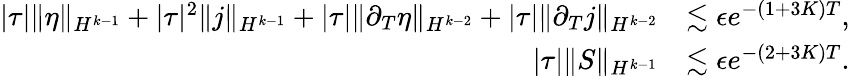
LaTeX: \begin{array}{rl}{|\tau|\| \eta\| _{H^{k-1}}+|\tau|^{2}\| j\| _{H^{k-1}}+|\tau|\| \partial_{T}\eta\| _{H^{k-2}}+|\tau|\| \partial_{T}j\| _{H^{k-2}}}&{\lesssim\epsilon e^{-(1+3K)T},}\\ {|\tau|\| S\| _{H^{k-1}}}&{\lesssim\epsilon e^{-(2+3K)T}.}\end{array}